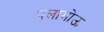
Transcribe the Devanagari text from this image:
पलामोऊ